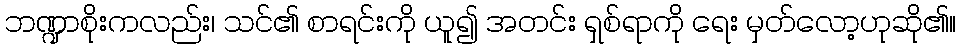
ဘဏ္ဍာစိုးကလည်း၊ သင်၏ စာရင်းကို ယူ၍ အတင်း ရှစ်ရာကို ရေး မှတ်လော့ဟုဆို၏။